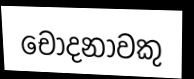
චෝදනාවකු